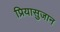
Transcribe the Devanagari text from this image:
प्रियासुजान